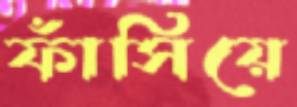
ফাঁসিয়ে